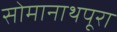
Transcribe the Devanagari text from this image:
सोमानाथपूरा